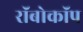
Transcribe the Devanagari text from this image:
राॅबोकाॅप